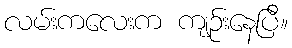
လမ်းကလေးက ကျဉ်းနေပြီ။